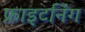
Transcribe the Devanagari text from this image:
फ्राइटनिंग